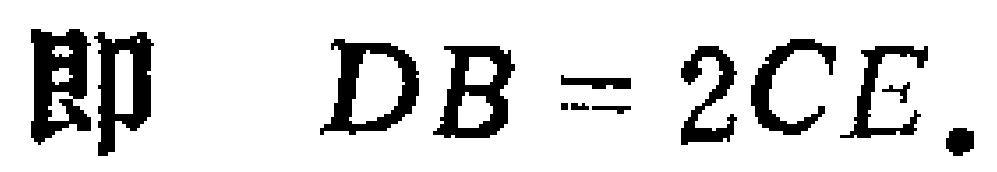
即 \(DB = 2CE.\)